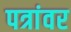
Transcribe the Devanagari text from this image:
पत्रांवर